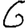
Digit: 6